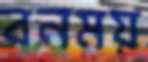
বনময়